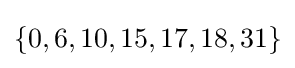
\{0,6,10,15,17,18,31\}